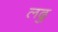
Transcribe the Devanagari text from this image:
लढु